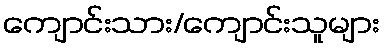
ကျောင်းသား/ကျောင်းသူများ